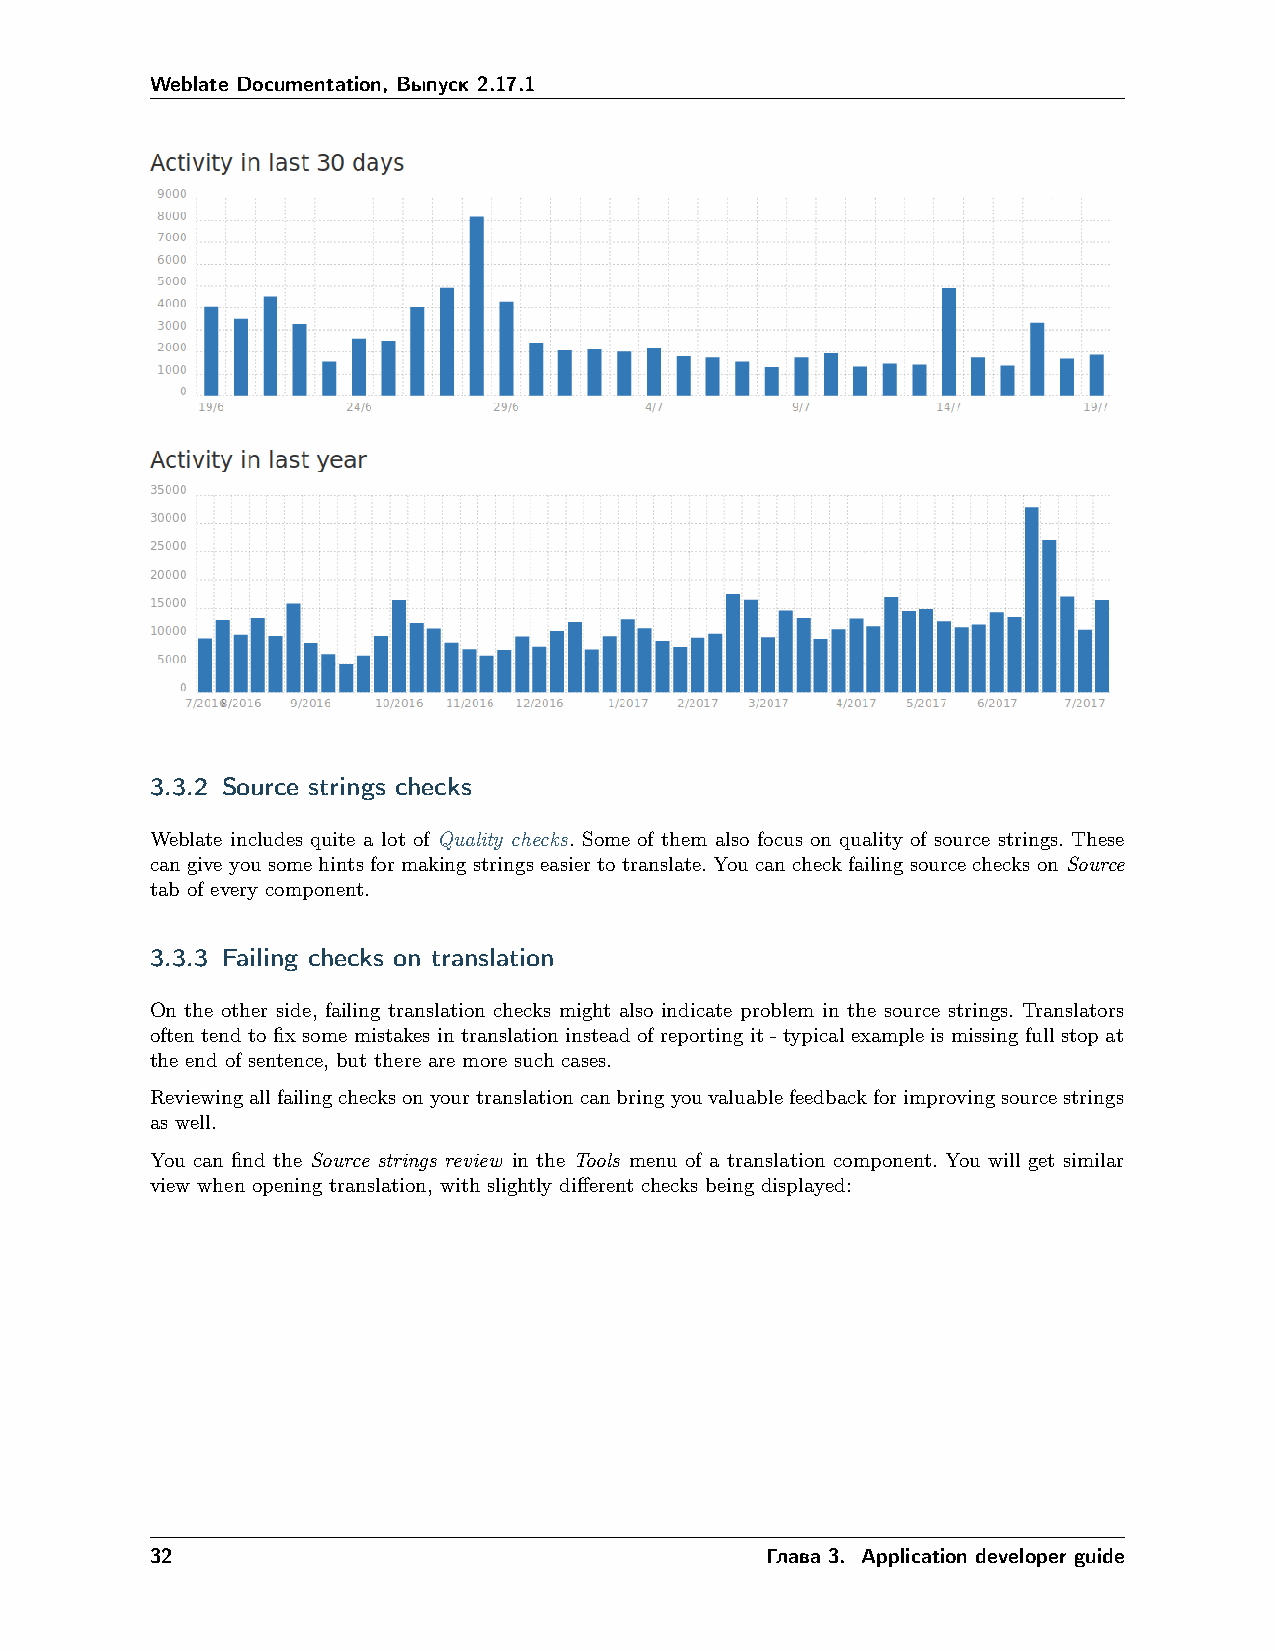
Weblate Documentation, Выпуск 2.17.1
 3.3.2 Source strings checks
 Weblate includes quite a lot of Quality checks. Some of them also focus on quality of source strings. These
 can give you some hints for making strings easier to translate. You can check failing source checks on Source
 tab of every component.
 3.3.3 Failing checks on translation
 On the other side, failing translation checks might also indicate problem in the source strings. Translators
 often tend to fix some mistakes in translation instead of reporting it - typical example is missing full stop at
 the end of sentence, but there are more such cases.
 Reviewingallfailingchecksonyourtranslationcanbringyouvaluablefeedbackforimprovingsourcestrings
 as well.
 You can find the Source strings review in the Tools menu of a translation component. You will get similar
 view when opening translation, with slightly different checks being displayed:
 32                                       Глава 3. Application developer guide